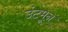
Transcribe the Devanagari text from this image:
उंटमून